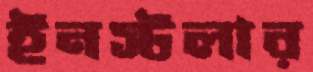
ইনস্টলার